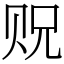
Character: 贶